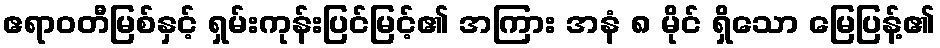
ဧရာဝတီမြစ်နှင့် ရှမ်းကုန်းပြင်မြင့်၏ အကြား အနံ ၈ မိုင် ရှိသော မြေပြန့်၏